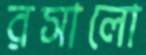
রসালো